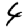
Digit: 4